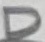
Text: D